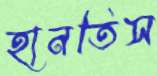
হানতিস